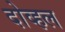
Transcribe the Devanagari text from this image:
दोव्हल